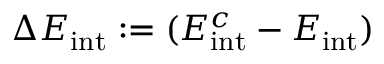
\Delta E _ { \mathrm { i n t } } : = ( E _ { \mathrm { i n t } } ^ { c } - E _ { \mathrm { i n t } } )